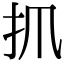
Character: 𢩰